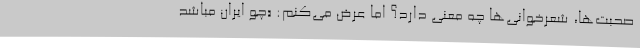
صحبت‌ها، شعرخوانی‌ها چه معنی دارد؟ اما عرض می‌کنم: «چو ایران مباشد